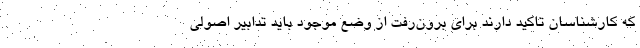
که کارشناسان تاکید دارند برای برون‌رفت از وضع موجود باید تدابیر اصولی